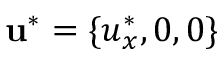
\mathbf { u } ^ { * } = \{ u _ { x } ^ { * } , 0 , 0 \}